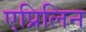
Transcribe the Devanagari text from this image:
एप्रिलिन